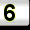
Digit: 6